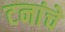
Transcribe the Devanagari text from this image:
टनांचे